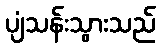
ပျံသန်းသွားသည်